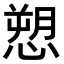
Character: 愬